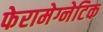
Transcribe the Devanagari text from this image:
फेरामेग्नेटिक